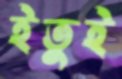
ইতুই